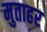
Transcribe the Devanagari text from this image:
मुताहर